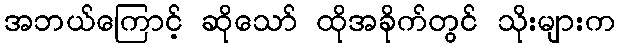
အဘယ်ကြောင့် ဆိုသော် ထိုအခိုက်တွင် သိုးများက